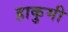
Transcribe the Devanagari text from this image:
हाकुमी